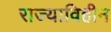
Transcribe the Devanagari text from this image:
राज्याविहीन